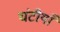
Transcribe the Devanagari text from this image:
घंटीयाँ